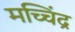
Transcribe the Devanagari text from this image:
मच्चिंद्र